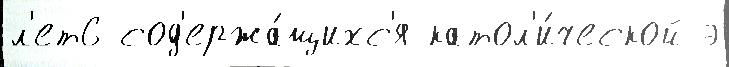
л'ет6 сод'ержа́щихс'я катол'и́ческой э